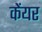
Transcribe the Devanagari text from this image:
केंयर